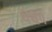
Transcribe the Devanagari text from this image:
येचेंग